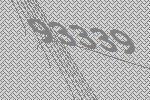
93339